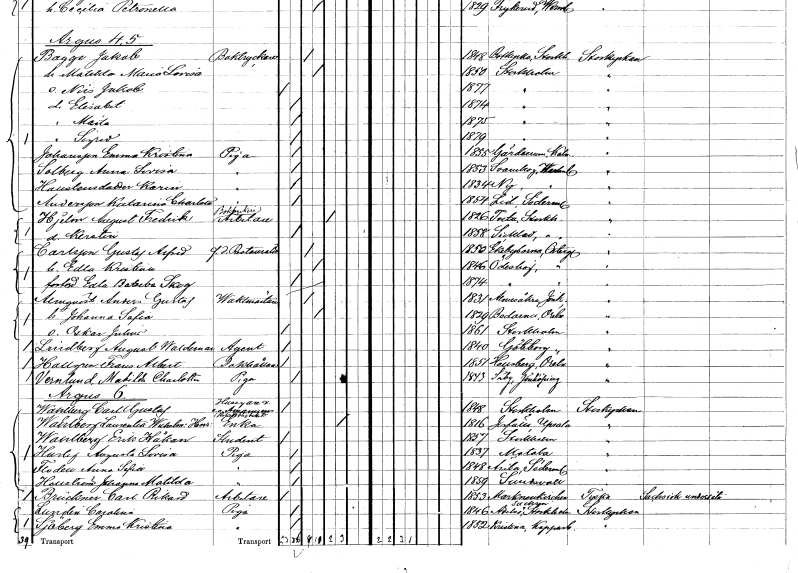
gt_parse: households: individuals: FN: Emma Kristina
EN: Johansson
YRKE: Piga
KON: K
CIV: O
FODAR: 1855
FODFORS: Gärdserum Östergötlands län
FN: Anna Lovisa
EN: Solberg
YRKE: Piga
KON: K
CIV: O
FODAR: 1853
FODFORS: Svanskog Värmlands län
FN: Karin
EN: Hallstensdotter
YRKE: Piga
KON: K
CIV: O
FODAR: 1834
FODFORS: Ny Värmlands län
FN: Katarina Charlotta
EN: Andersson
YRKE: Piga
KON: K
CIV: O
FODAR: 1854
FODFORS: Lid Södermanlands län
FN: August Fredrik
EN: Hjelm
YRKE: Boktryckare Arbetare
KON: M
CIV: E
FODAR: 1826
FODFORS: Tveta Stockholms län
FN: Kerstin
KON: K
CIV: O
FODAR: 1858
FODFORS: Sicklaö Stockholms län
FN: Gustaf Alfred
EN: Carlsson
YRKE: Restauratör f.d.
KON: M
CIV: G
FODAR: 1850
FODFORS: Ekebyborna Östergötlands län
FN: Edla Kristina
KON: K
CIV: G
FODAR: 1846
FODFORS: Ödeshög Östergötlands län
FN: Edla Batseba
EN: Skog
KON: K
CIV: O
FODAR: 1874
FODFORS: Ödeshög Östergötlands län
FN: Anders Gustaf
EN: Almqvist
YRKE: Vaktmästare
KON: M
CIV: G
FODAR: 1831
FODFORS: Almesåkra Jönköpings län
FN: Johanna Sofia
KON: K
CIV: G
FODAR: 1829
FODFORS: Bodarne Örebro län
FN: Oskar Julius
KON: M
CIV: O
FODAR: 1861
FODFORS: Stockholm
FN: August Waldemar
EN: Lindberg
YRKE: Agent
KON: M
CIV: O
FODAR: 1840
FODFORS: Göteborg Göteborgs- och Bohuslän
FN: Frans Albert
EN: Hallgren
YRKE: Bokhållare
KON: M
CIV: O
FODAR: 1851
FODFORS: Hallsberg Örebro län
FN: Matilda Charlotta
EN: Vernlund
YRKE: Piga
KON: K
CIV: O
FODAR: 1843
FODFORS: Säby Jönköpings län
FN: Carl Gustaf
EN: Wahlberg
YRKE: Husägare Amanuens e. o.
KON: M
CIV: O
FODAR: 1848
FODFORS: Stockholm
FN: Laurentia Wilhelmina Henrietta
EN: Wahlberg
YRKE: Änka
KON: K
CIV: E
FODAR: 1816
FODFORS: Järfälla Stockholms län
FN: Erik Håkan
EN: Wahlberg
YRKE: Student
KON: M
CIV: O
FODAR: 1857
FODFORS: Stockholm
FN: Augusta Lovisa
EN: Harlef
YRKE: Piga
KON: K
CIV: O
FODAR: 1837
FODFORS: Motala Östergötlands län
FN: Anna Sofia
EN: Floden
YRKE: Piga
KON: K
CIV: O
FODAR: 1848
FODFORS: Ärla Södermanlands län
FN: Johanna Matilda
EN: Hellström
YRKE: Piga
KON: K
CIV: O
FODAR: 1859
FODFORS: Sundsvall Västernorrlands län
FN: Carl Rikard
EN: Brückner
YRKE: Arbetare
KON: M
CIV: O
FODAR: 1853
FN: Carolina
EN: Lunden
YRKE: Piga
KON: K
CIV: O
FODAR: 1846
FODFORS: Adelsö Stockholms län
FN: Emma Kristina
EN: Sjöberg
YRKE: Piga
KON: K
CIV: O
FODAR: 1852
FODFORS: Kristine Falu Kopparbergs län